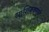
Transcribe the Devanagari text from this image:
नाशिककरांनी